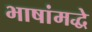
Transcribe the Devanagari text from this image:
भाषांमद्धे